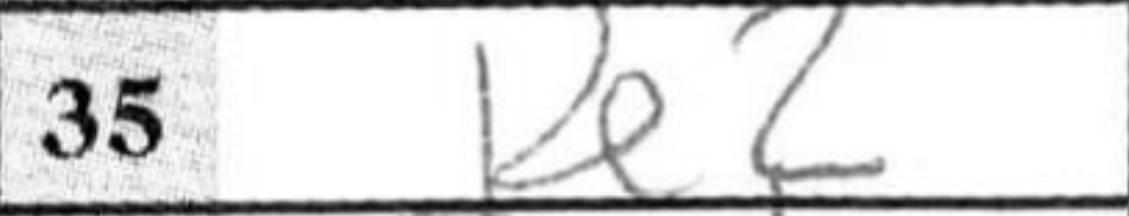
Transcription: Re2